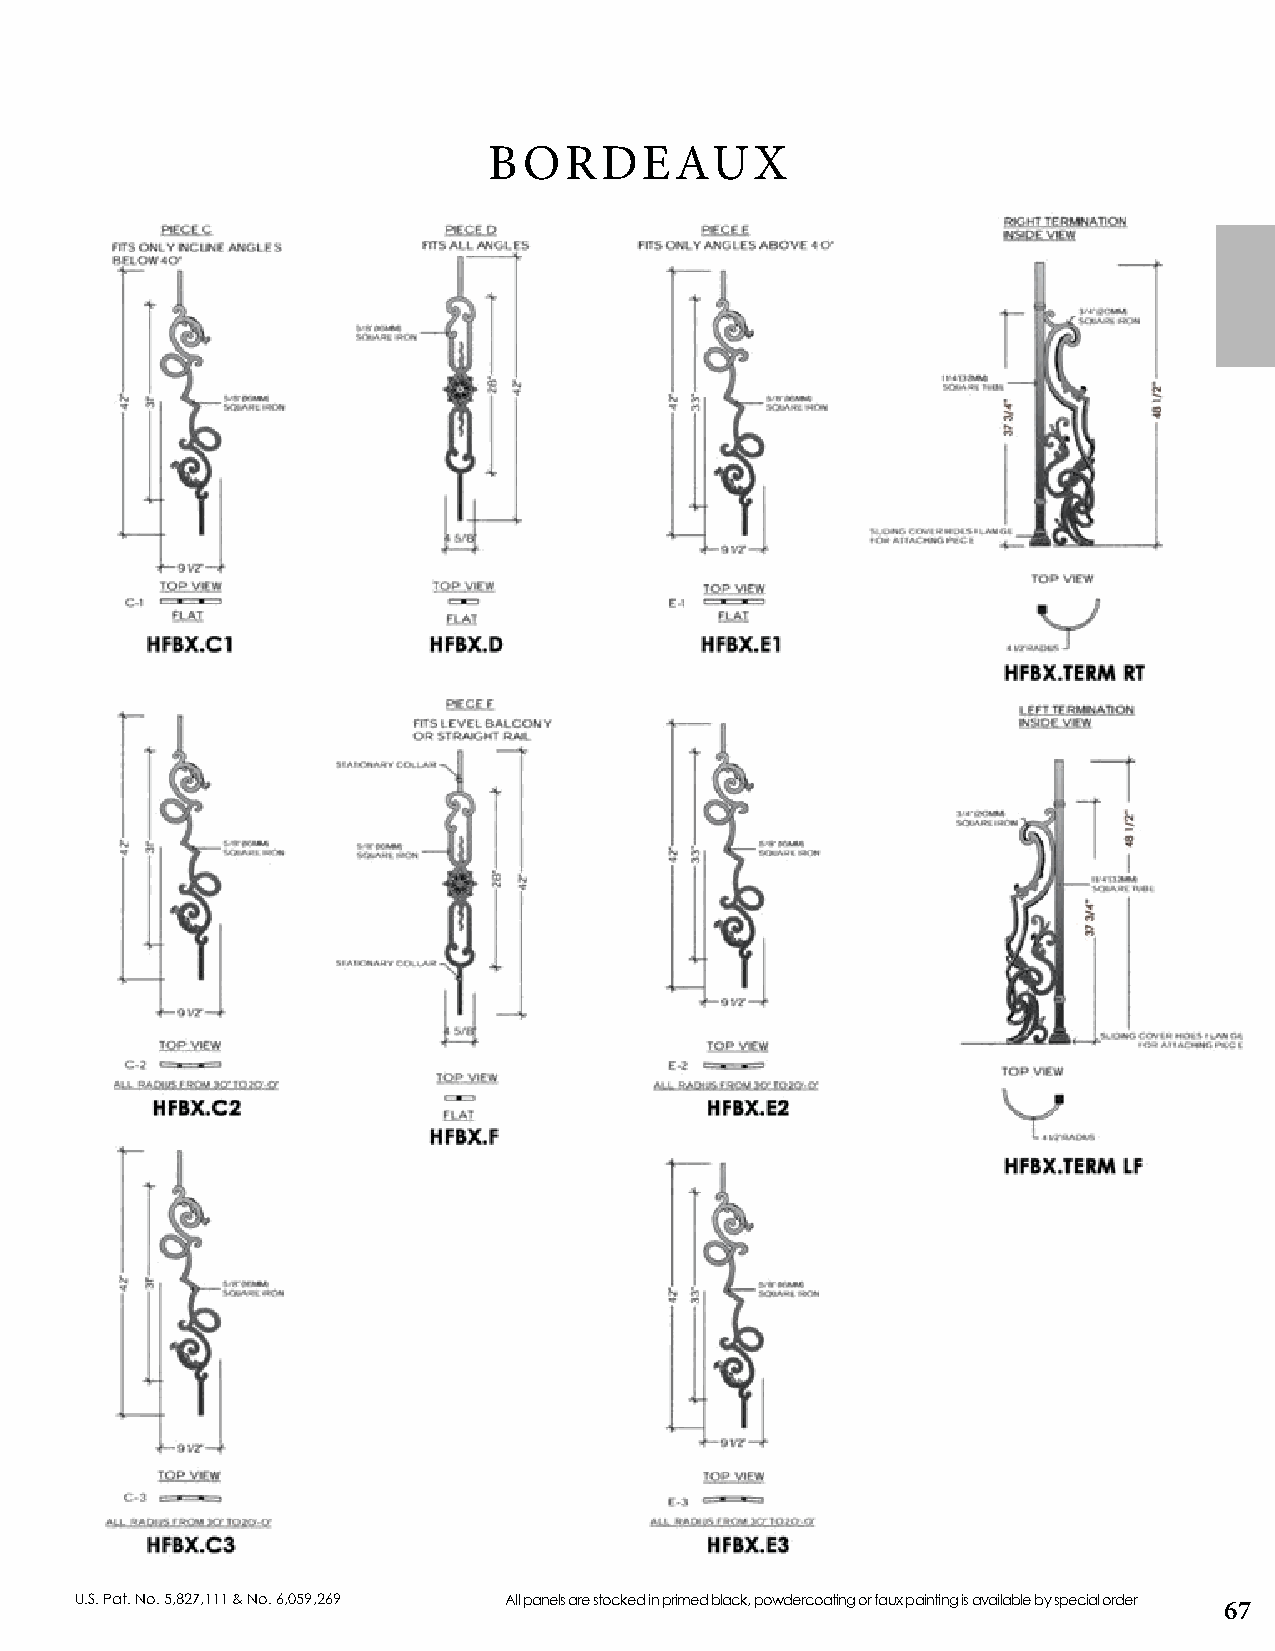
BORDEAUX
 U.S. Pat. No. 5,827,111 & No. 6,059,269 All panels are stocked in primed black, powdercoating or faux painting is available by special order
 67